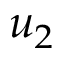
u _ { 2 }